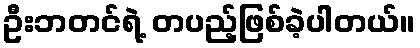
ဦးဘတင်ရဲ့ တပည့်ဖြစ်ခဲ့ပါတယ်။